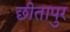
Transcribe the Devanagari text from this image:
छीतापुर